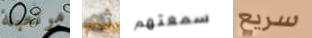
مرتعبة ثم سمعتهم سريع